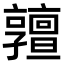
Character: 𠆞